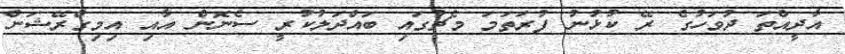
އާދީއްތަ ދުވަހުގެ ރޭ ކުޅުނު ފުރަތަމަ މެޗުގައި ބައްދަލުކުރީ ސެނޮން އާއި އިމިގްރޭޝަން